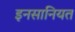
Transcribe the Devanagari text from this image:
इनसानियत